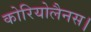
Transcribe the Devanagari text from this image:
कोरियोलैनस।